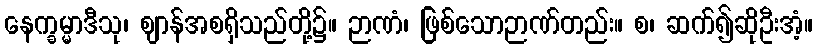
နေက္ခမ္မာဒီသု၊ ဈာန်အစရှိသည်တို့၌။ ဉာဏံ၊ ဖြစ်သောဉာဏ်တည်း။ စ၊ ဆက်၍ဆိုဦးအံ့။